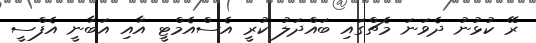
ރޭ ކުޅުނު ދެވަނަ މެޗްގައި ބައްދަލު ކުރީ އެސްއެމްޓީ އާއި އަބާނީ އެފްސީ